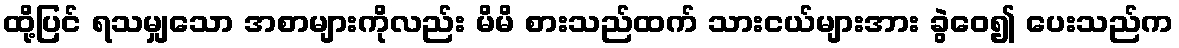
ထို့ပြင် ရသမျှသော အစာများကိုလည်း မိမိ စားသည်ထက် သားငယ်များအား ခွဲဝေ၍ ပေးသည်က